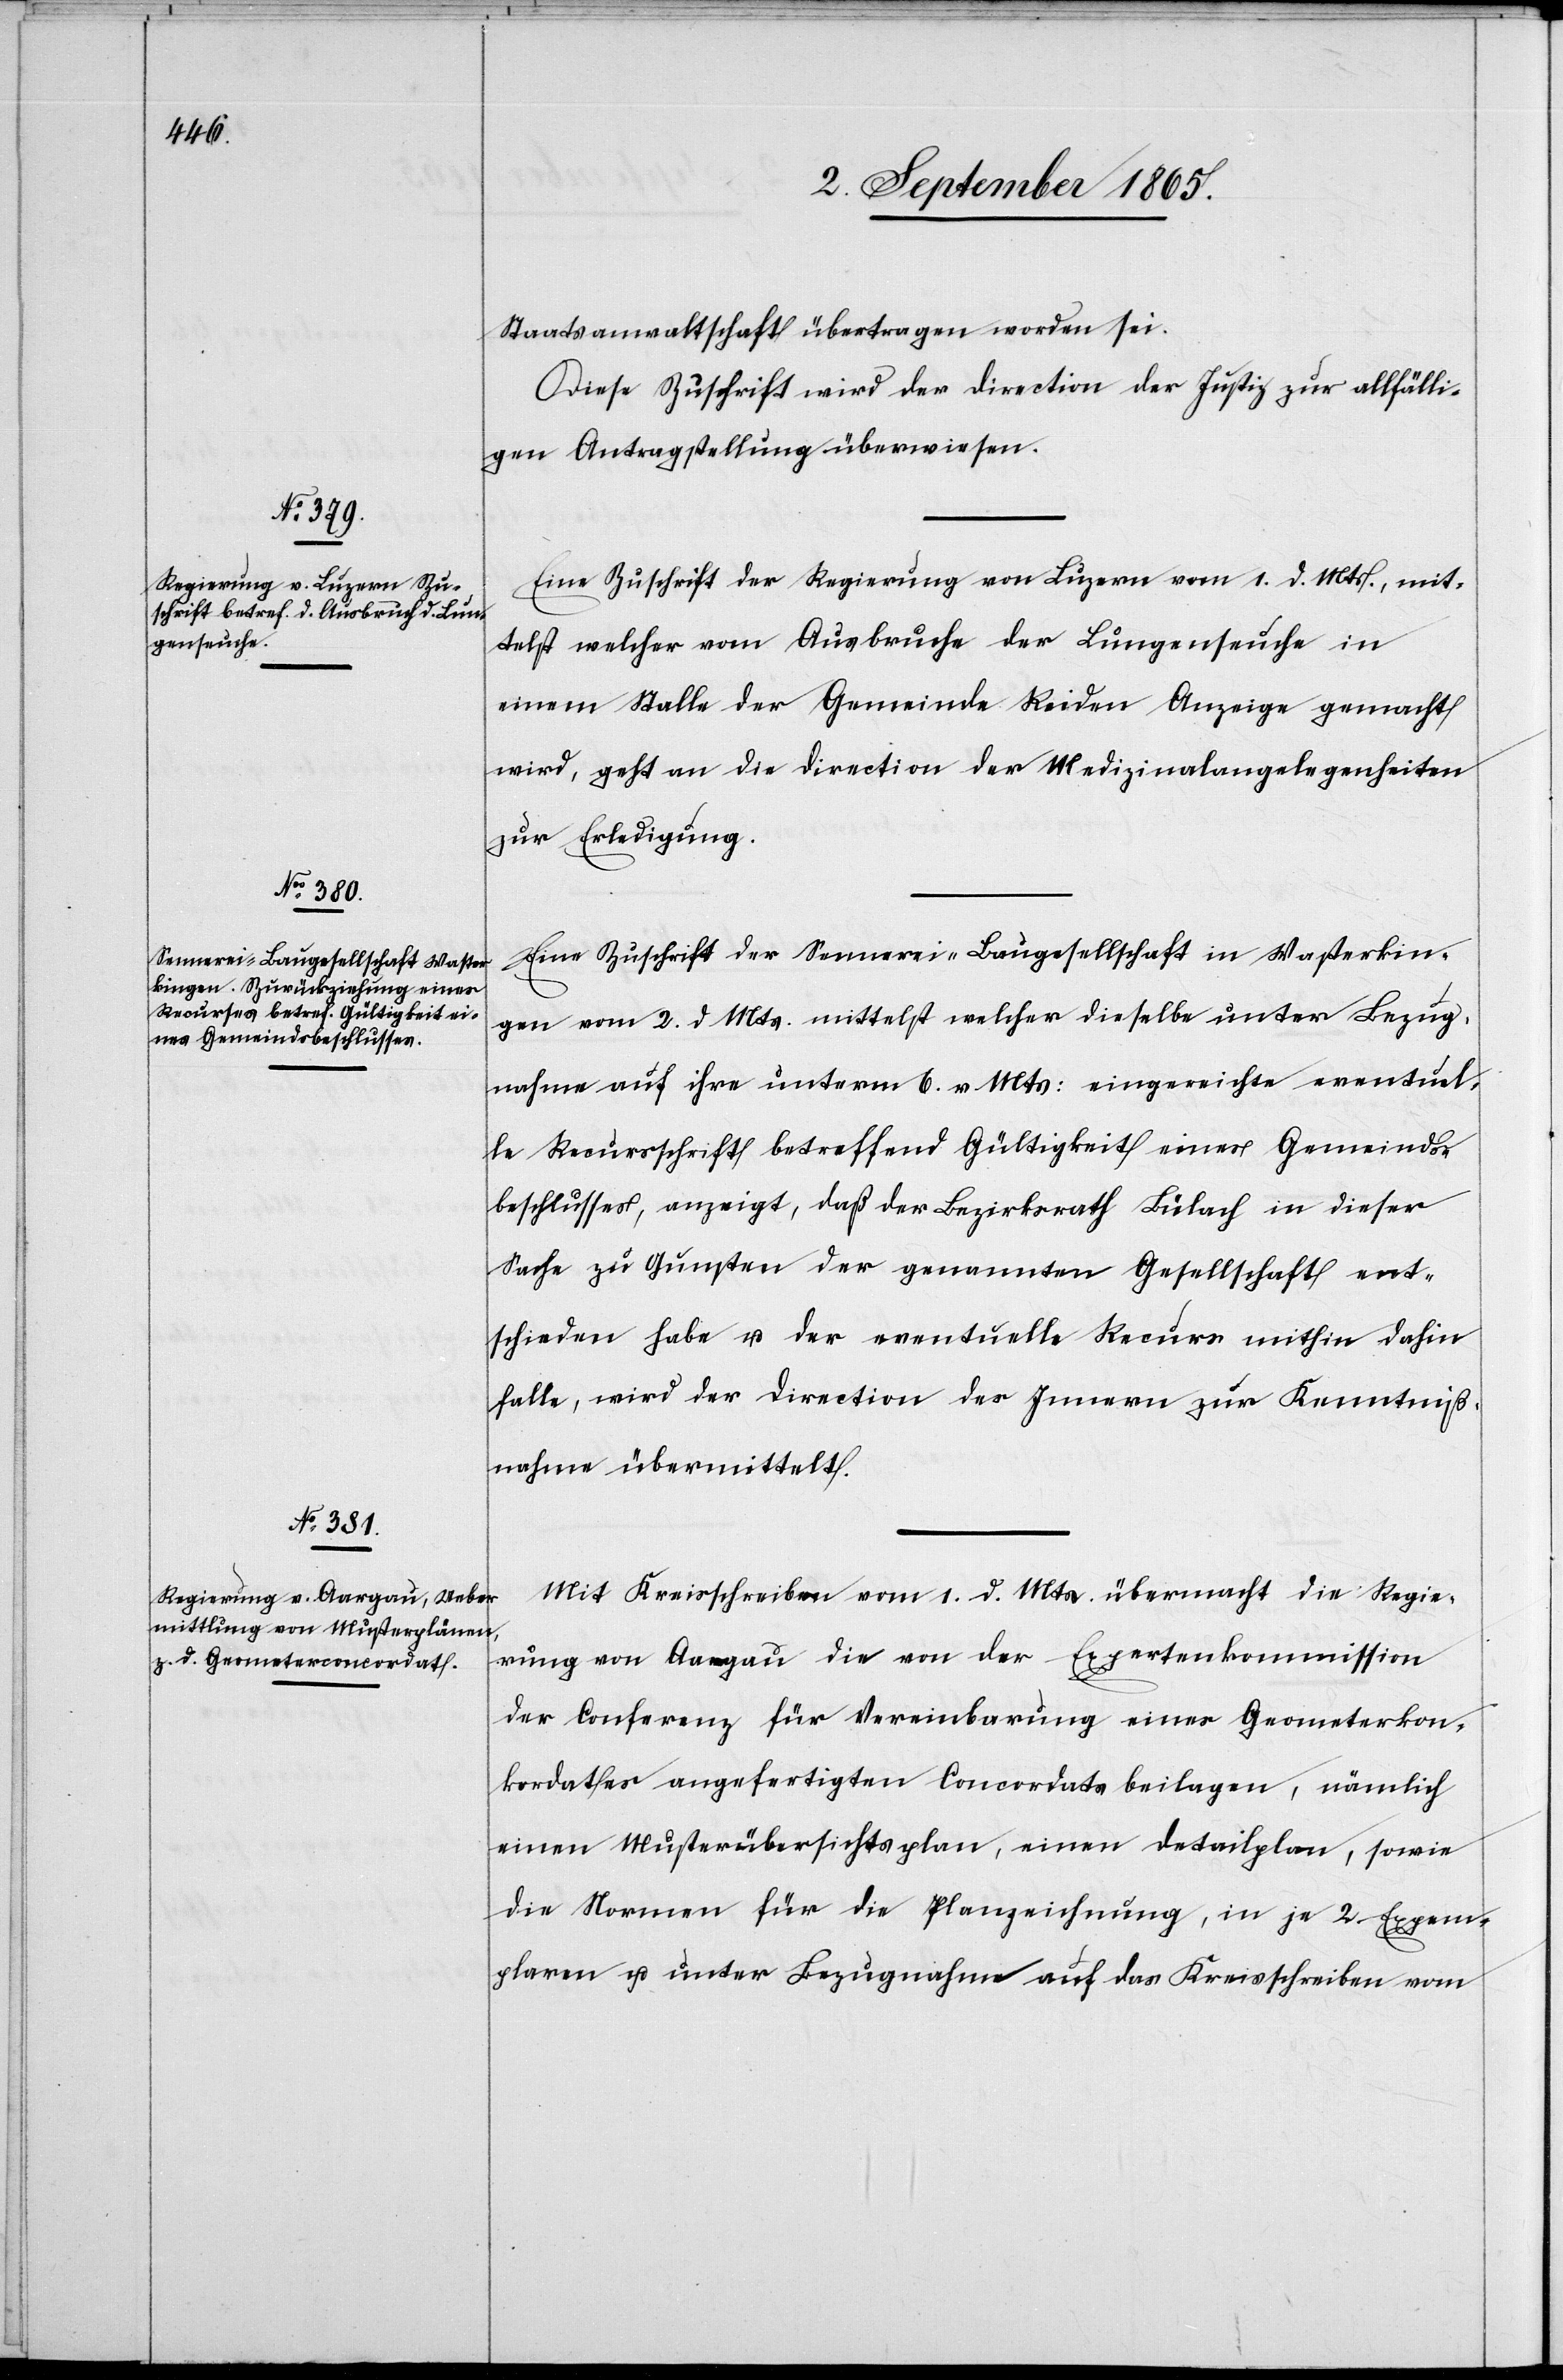
5. September 1865.]
Staatsanwaltschaft übertragen worden sei.
Diese Zuschrift wird der Direction der Justiz zur allfälli¬
gen Antragstellung überwiesen.
Eine Zuschrift der Regierung von Luzern vom 1. d. Mts., mit¬
telst welcher vom Ausbruche der Lungenseuche in
einem Stalle der Gemeinde Reiden Anzeige gemacht
wird, geht an die Direction der Medizinalangelegenheiten
zur Erledigung.
Eine Zuschrift der Sennerei-Baugesellschaft in Wasterkin¬
gen vom 2. d. Mts. mittelst welcher dieselbe unter Bezug¬
nahme auf ihre unterm 6. v. Mts. eingereichte eventuel¬
le Recursschrift betreffend Gültigkeit eines Gemeinds¬
beschlusses, anzeigt, daß der Bezirksrath Bülach in dieser
Sache zu Gunsten der genannten Gesellschaft ent¬
schieden habe u. der eventuelle Recurs mithin dahin
falle, wird der Direction des Innern zur Kenntniß¬
nahme übermittelt.
Mit Kreisschreiben vom 1. d. Mts. übermacht die Regie¬
rung von Aargau die von der Expertenkommission
der Conferenz für Vereinbarung eines Geometerkon¬
kordates angefertigten Concordatsbeilagen, nämlich
einen Musterübersichtsplan, einen Detailplan, sowie
die Normen für die Planzeichnung, in je 2 Exem¬
plaren u. unter Bezugnahme auf das Kreisschreiben vom